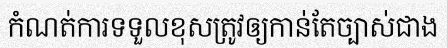
កំណត់ការទទួលខុសត្រូវឲ្យកាន់តែច្បាស់ជាង